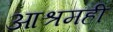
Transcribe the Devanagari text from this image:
आश्रमही